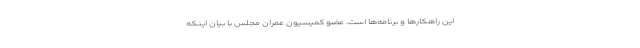
این راهکارها و برنامه‌ها است. عضو کمیسیون عمران مجلس با بیان اینکه